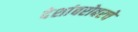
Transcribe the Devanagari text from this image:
देशांबरोबरचे